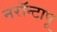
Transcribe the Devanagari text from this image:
नरॉन्टापू